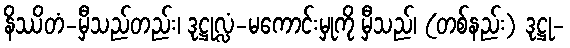
နိဿိတံ-မှီသည်တည်း၊ ဒုဋ္ဌုလ္လံ-မကောင်းမှုကို မှီသည်၊ (တစ်နည်း) ဒုဋ္ဌု-